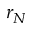
r _ { N }